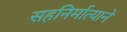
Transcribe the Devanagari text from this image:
सहनिर्मात्याने